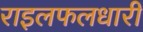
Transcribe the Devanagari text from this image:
राइलफलधारी